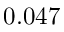
0 . 0 4 7